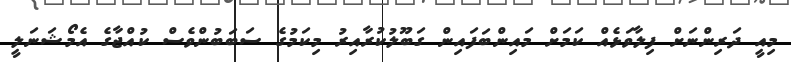
މިއީ ދަރިންނަށް ފިލާވަޅެއް ކަމަށް މައިންބަފައިން ގަބޫލުކުރާއިރު މިކަމުގެ ސަބަބުންވެސް ކުއްޖާގެ އެމޯޝަނަލީ